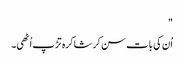
"
اُن کی بات سن کر شاکرہ تڑپ اُٹھی۔